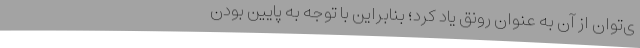
ی‌توان از آن به عنوان رونق یاد کرد؛ بنابراین با توجه به پایین بودن